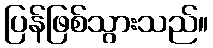
ပြန်ဖြစ်သွားသည်။